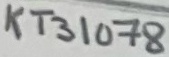
Text: KT31078